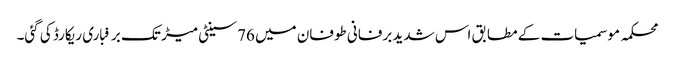
محکمہ موسمیات کے مطابق اس شدید برفانی طوفان میں 76 سینٹی میڑ تک برفباری ریکارڈ کی گئی۔